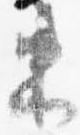
束